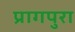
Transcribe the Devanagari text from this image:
प्रागपुरा